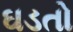
ઘડતો